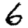
Digit: 6